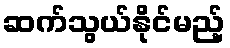
ဆက်သွယ်နိုင်မည့်